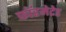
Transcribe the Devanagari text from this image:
फॉरमेटेड